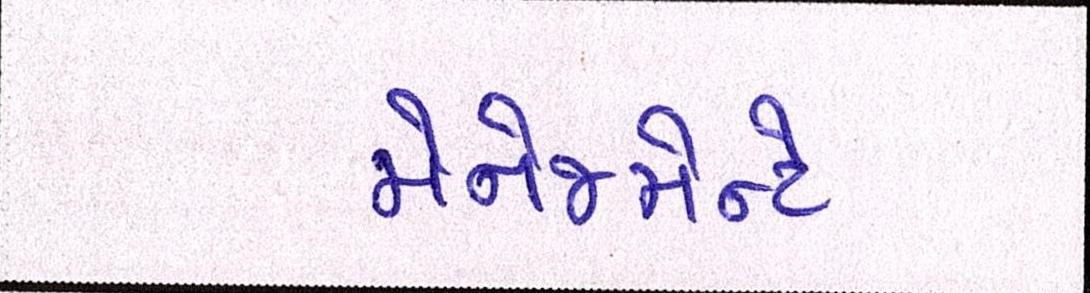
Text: મેનેજમેન્ટે